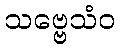
သဗ္ဗေသံဝ